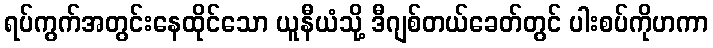
ရပ်ကွက်အတွင်းနေထိုင်သော ယူနီယံသို့ ဒီဂျစ်တယ်ခေတ်တွင် ပါးစပ်ကိုဟကာ